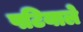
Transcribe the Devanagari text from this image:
पटियाले